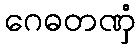
ဂေဓတဏှံ